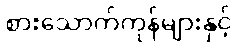
စားသောက်ကုန်များနှင့်